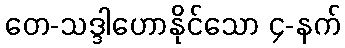
တေ-သဒ္ဒါဟောနိုင်သော ၄-နက်